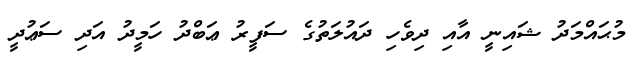
މުޙައްމަދު ޝައިނީ އާއި ދިވެހި ދައުލަތުގެ ސަފީރު ޢަބްދު ހަމީދު އަދި ސަޢުދީ